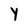
Character: Y